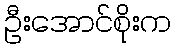
ဦးအောင်စိုးက